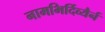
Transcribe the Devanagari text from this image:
नामभिर्दिव्यैर्न